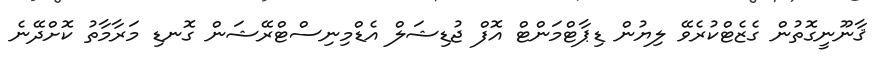
ޤާނޫނީގޮތުން ގެޒެޓްކުރެވޭ ލިޔުން ޑިޕާޓްމަންޓް އޮފް ޖުޑިޝަލް އެޑްމިނިސްޓްރޭޝަން ގޮނޑި މަރާމާތު ކޮށްދޭނެ